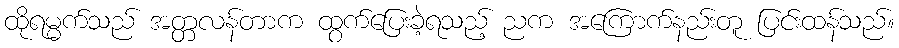
ထိုရမ္မက်သည် အတ္တလန်တာက ထွက်ပြေးခဲ့ရသည့် ညက အကြောက်နည်းတူ ပြင်းထန်သည်။